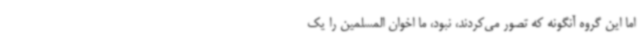
اما این گروه آنگونه که تصور می‌کردند، نبود، ما اخوان المسلمین را یک